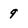
Character: 9